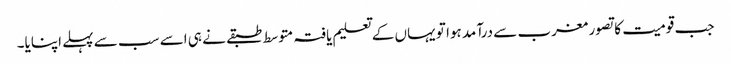
جب قومیت کا تصور مغرب سے درآمد ہوا تو یہاں کے تعلیم یافتہ متوسط طبقے نے ہی اسے سب سے پہلے اپنایا۔